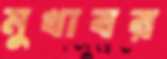
মুখাবর